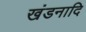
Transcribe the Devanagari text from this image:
खंडनादि